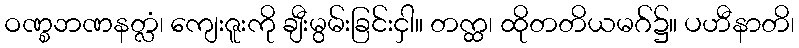
ဝဏ္စဘဏနတ္လံ၊ ကျေးဇူးကို ချီးမွမ်းခြင်းငှါ။ တက္ထ၊ ထိုတတိယမဂ်၌။ ပဟီနာတိ၊